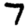
Digit: 7